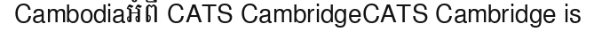
Cambodiaអំពី CATS CambridgeCATS Cambridge is